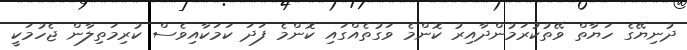
ދުނިޔޭގެ ހަޔާތް ވޭތުކުރަމުންދާއިރު ކޮންމެ ވަގުތެއްގައި ކޮންމެ ފަދަ ކަމަކާއިވެސް ކުރިމަތިލާން ޖެހުމަކީ